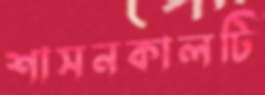
শাসনকালটি